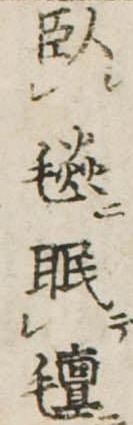
臥毯眠氈